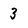
Character: 3